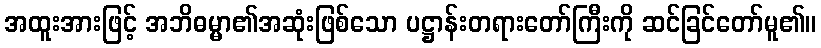
အထူးအားဖြင့် အဘိဓမ္မာ၏အဆုံးဖြစ်သော ပဋ္ဌာန်းတရားတော်ကြီးကို ဆင်ခြင်တော်မူ၏။